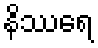
နိဿရေ